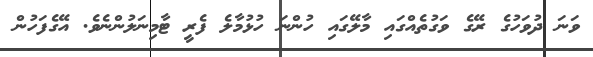
ވަަނަ ދުވަހުގެ ރޭގެ ވަގުތެއްގައި މާލޭގައި ހުންނަ ހުޅުމާލެ ފެރީ ޓާމިނަލުންނެވެ. އޭގެފަހުން